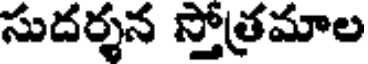
సుదర్శన స్తోత్రమాల